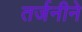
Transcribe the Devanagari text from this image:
तर्जनीने